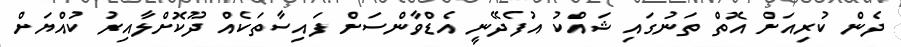
ދެން ކުރިއަށް އޮތް ތަނުގައި ޝައްކު އުފެދޭނީ އެޑްވާންސަށް ފައިސާތަކެއް ދޫކޮށްލާއިރު ކުއްޔަށް